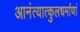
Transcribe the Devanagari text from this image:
आनंत्यात्कुलधर्माणां